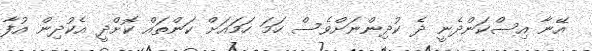
އޭނާ އިސްކަންދެނީ ދެ ކުދިންނަށްވެސް ހަމަ ހަމައަށް ކަންތައް ކޮށްދީ އެކުދިން އުފާ